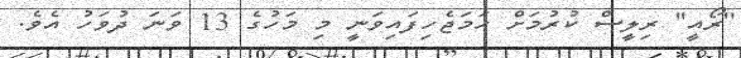
''ރޯއީ'' ރިލީސް ކުރުމަށް ހަމަޖެހިފައިވަނީ މި މަހުގެ 13 ވަނަ ދުވަހު އެވެ.